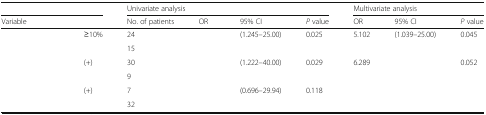
<table><thead><tr><td colspan="2">[EMPTY_CELL]</td><td colspan="4"><b>Univariate analysis</b></td><td colspan="3"><b>Multivariate analysis</b></td></tr><tr><td colspan="2"><b>Variable</b></td><td><b>No. of patients</b></td><td><b>OR</b></td><td><b>95% CI</b></td><td><b><i>P</i> value</b></td><td><b>OR</b></td><td><b>95% CI</b></td><td><b><i>P</i> value</b></td></tr></thead><tbody><tr><td rowspan="2">[EMPTY_CELL]</td><td>≥10%</td><td>24</td><td>[EMPTY_CELL]</td><td>(1.245–25.00)</td><td>0.025</td><td>5.102</td><td>(1.039–25.00)</td><td>0.045</td></tr><tr><td>[EMPTY_CELL]</td><td>15</td><td>[EMPTY_CELL]</td><td>[EMPTY_CELL]</td><td>[EMPTY_CELL]</td><td>[EMPTY_CELL]</td><td>[EMPTY_CELL]</td><td>[EMPTY_CELL]</td></tr><tr><td rowspan="2">[EMPTY_CELL]</td><td>(+)</td><td>30</td><td>[EMPTY_CELL]</td><td>(1.222–40.00)</td><td>0.029</td><td>6.289</td><td>[EMPTY_CELL]</td><td>0.052</td></tr><tr><td>[EMPTY_CELL]</td><td>9</td><td>[EMPTY_CELL]</td><td>[EMPTY_CELL]</td><td>[EMPTY_CELL]</td><td>[EMPTY_CELL]</td><td>[EMPTY_CELL]</td><td>[EMPTY_CELL]</td></tr><tr><td rowspan="2">[EMPTY_CELL]</td><td>(+)</td><td>7</td><td>[EMPTY_CELL]</td><td>(0.696–29.94)</td><td>0.118</td><td>[EMPTY_CELL]</td><td>[EMPTY_CELL]</td><td>[EMPTY_CELL]</td></tr><tr><td>[EMPTY_CELL]</td><td>32</td><td>[EMPTY_CELL]</td><td>[EMPTY_CELL]</td><td>[EMPTY_CELL]</td><td>[EMPTY_CELL]</td><td>[EMPTY_CELL]</td><td>[EMPTY_CELL]</td></tr></tbody></table>